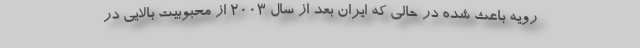
رویه باعث شده در حالی که ایران بعد از سال 2003 از محبوبیت بالایی در